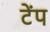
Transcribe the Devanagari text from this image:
टेंप